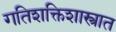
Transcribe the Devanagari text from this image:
गतिशक्तिशास्त्रात